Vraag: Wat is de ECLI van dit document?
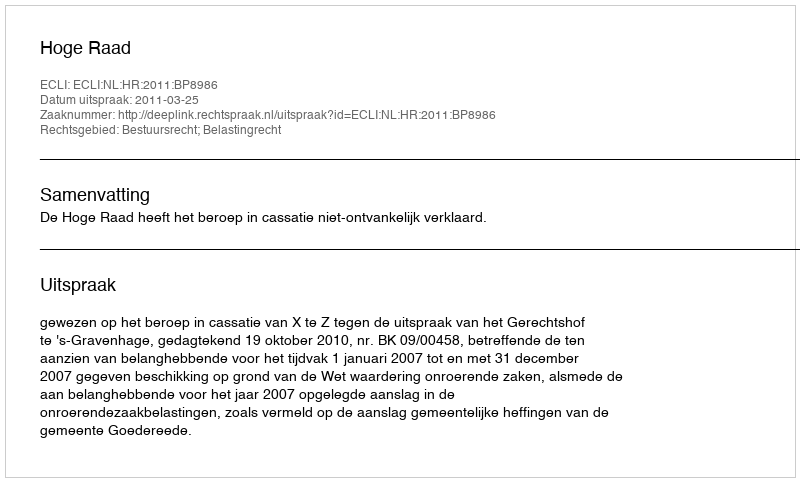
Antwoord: ECLI:NL:HR:2011:BP8986